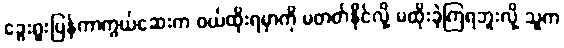
ခွေးရူးပြန်ကာကွယ်ဆေးက ဝယ်ထိုးရမှာကို မတတ်နိုင်လို့ မထိုးခဲ့ကြရဘူးလို့ သူက